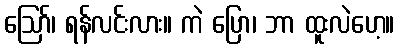
ဪ၊ ရန်လင်းလား။ ကဲ ပြော၊ ဘာ ထူးလဲဟေ့။